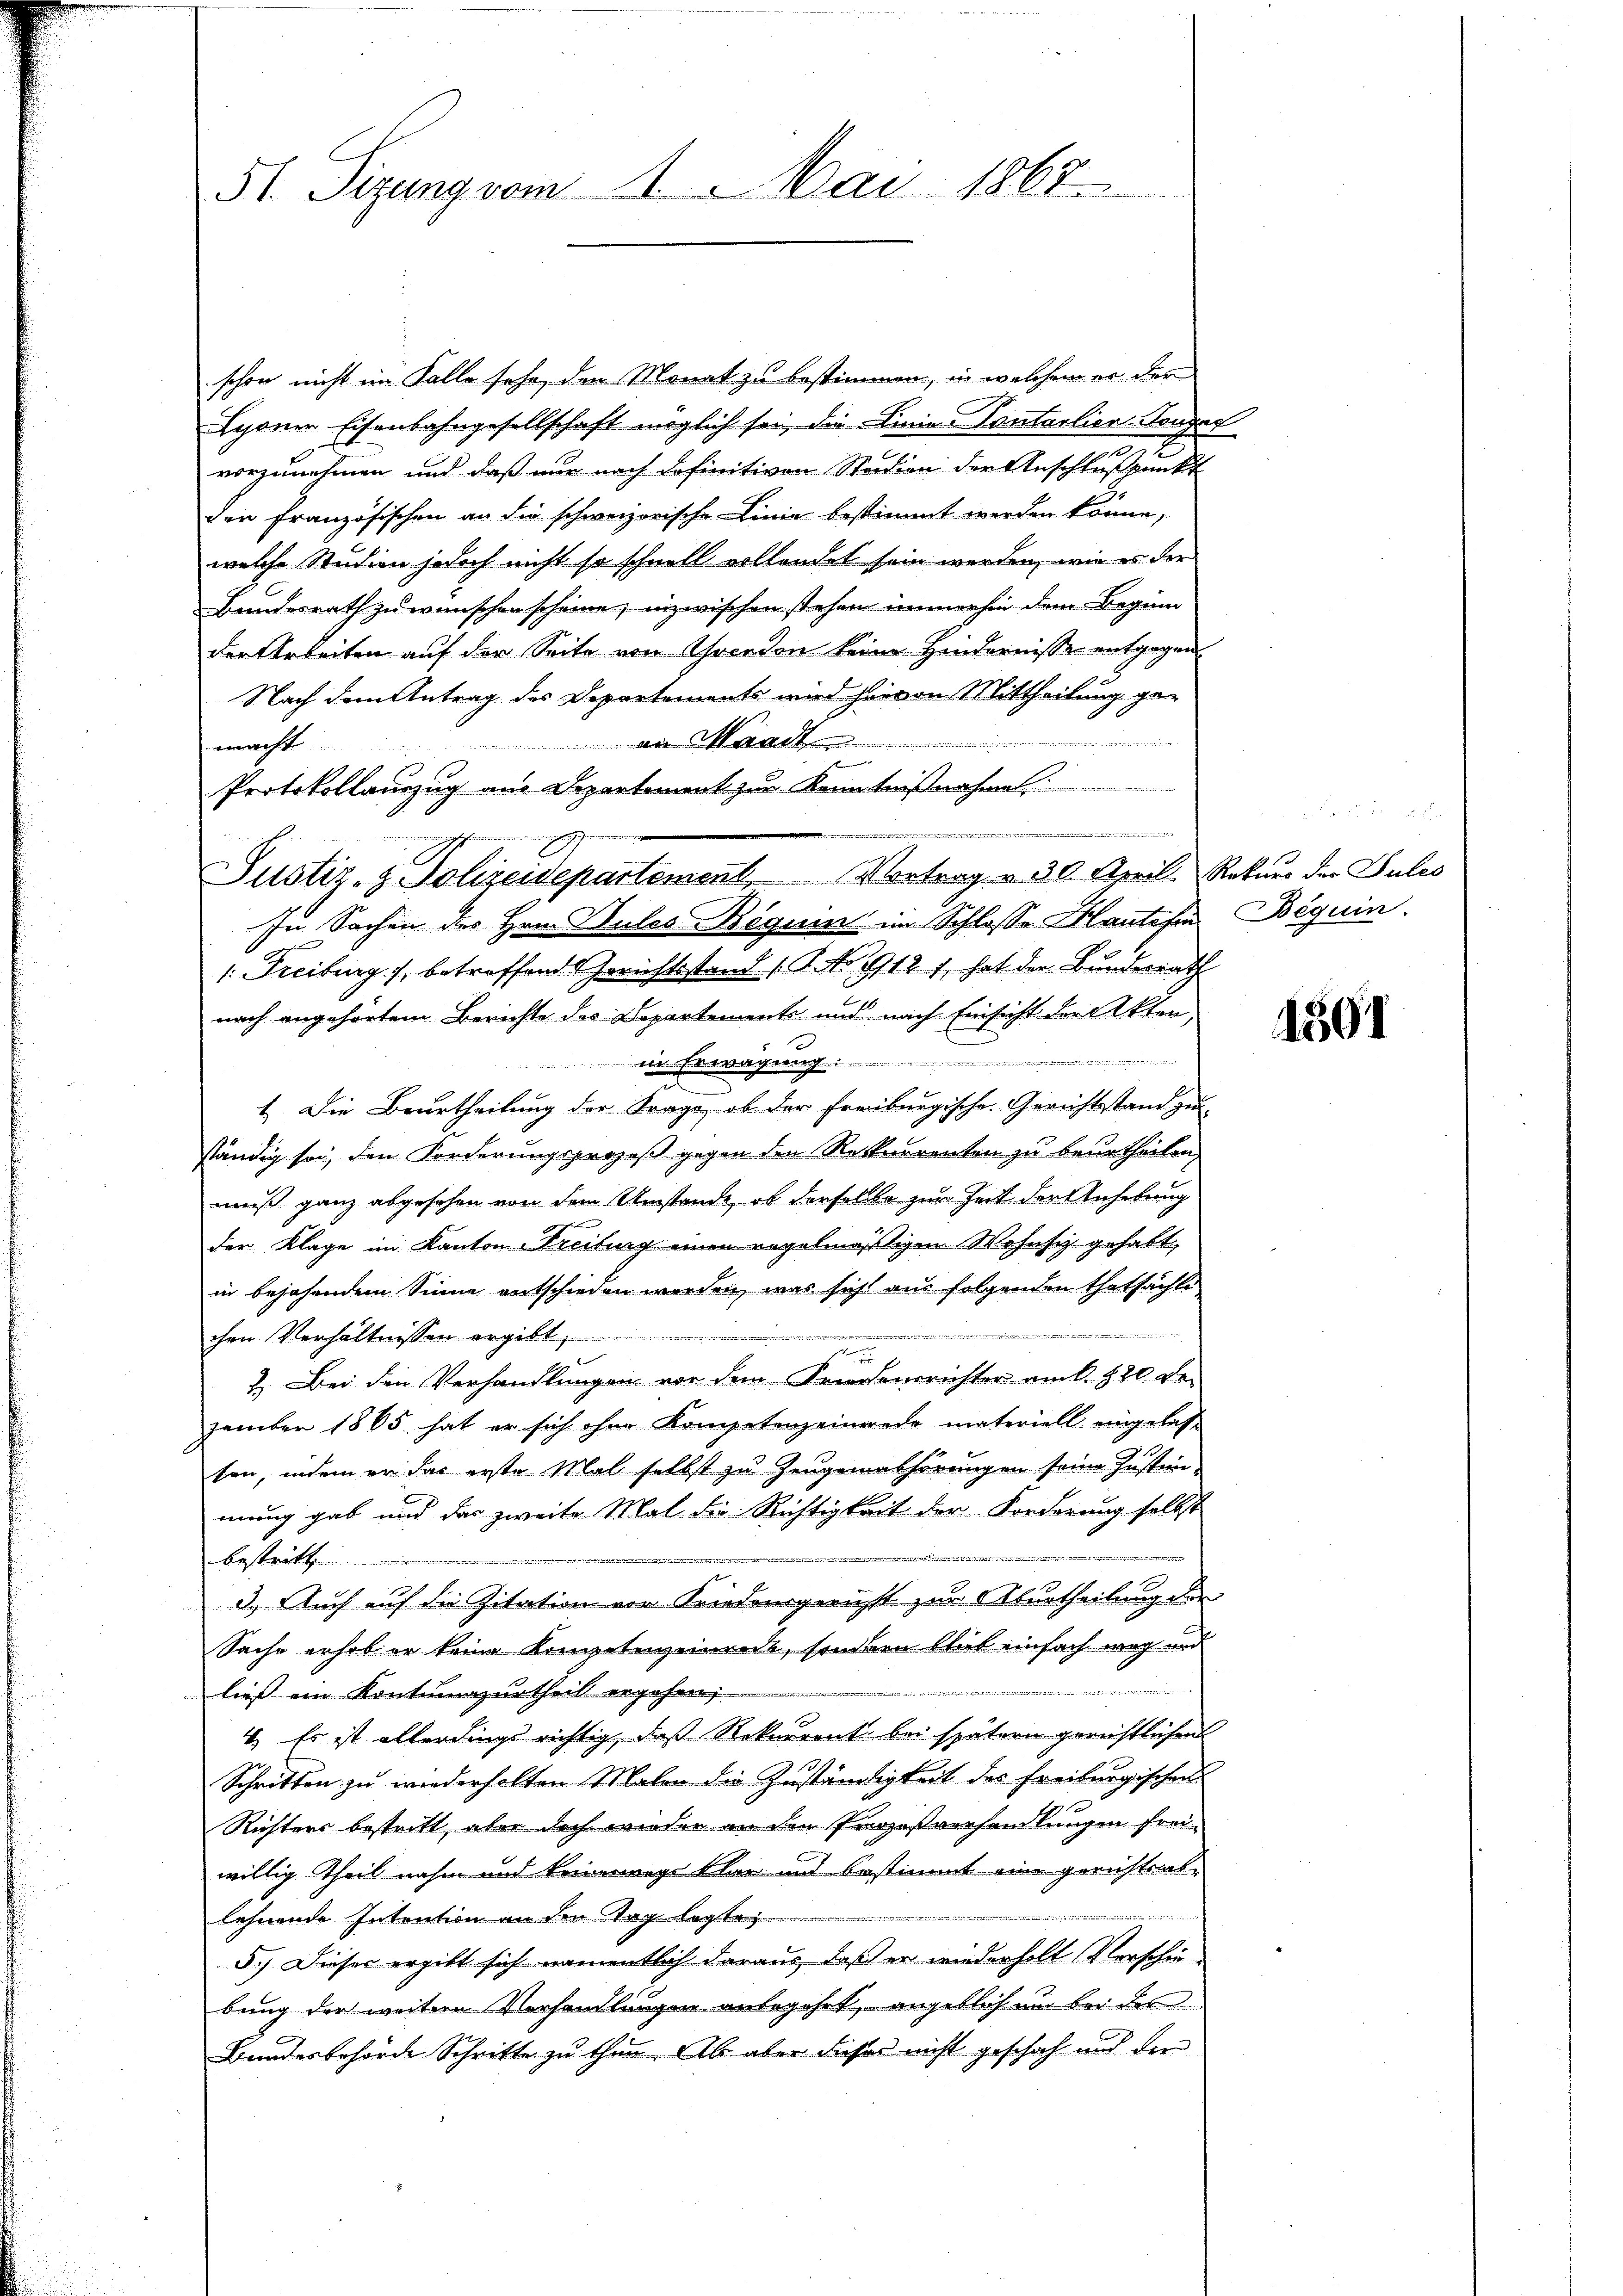
51. Sizung vom 1. Mai 1867

schon nicht im Falle sehr den Monat zu bestimmen, in welchem er der
Schöner Eisenbahngesellschaft möglich sei, die Linie Pontalien-Tonger
vorzunehmen und daß nur nach definitiven Stadion der Anschlußpunkt
der Französischen an die schweizerische Linie bestimmt werden könne,
welche Studien jedoch nicht so schnell vollendet sein werden, wie es der
Bundesrath zu wünschen scheine; inzwischen stehen immerhin dem Beginn
der Arbeiten auf der Seite von Goerden keine Hindernisse entgegen
Nach dem Antrag des Departements wird hievon Mittheilung ge-
n
an Waadt
macht
Protokollauszug aus Departement zur Kenntnißnahme

 Freiburg), betreffend Gerichtsstand (T. No. 1912 f. hat der Bundesrath
nach angehörtem Berichte des Departemente und nach Einsicht der Akten
in Erwägung:
1. Die Beurtheilung der Frage, ob der Freiburgische Gerichtstand zu
ständig sei, den Forderungsprozeß gegen den Rekurrenten zu beurtheilen,
muß ganz abgesehen von dem Umstände, ob derselbe zur Zeit der Anhebung
der Klage im Kanton Freitung einen regelmäßigen Wohnsiz gehabt,
in bejahendem Sinne entschieden werden, was sicht aus folgenden thatsachte
 inter
chen Verhältnissen ergibt,
u
2. Bei den Verhandlungen vor dem Friedensrichter am 1. 820. Dezember 1865 hat er sich ohne Kompetenz einerede materiell eingelasse
sen, indem er das erste Mal selbst zu Zeugemathörungen seine Justimm-
mung gab und das zweite Mal die Richtigkeit der Forderung selbst
4
bestritt
3.) Auch auf die Zitation von Friedensgericht zur Aburtheilung der
Sache erhob er keine Kompetenzeinreit, sondern blieb einfach weg und
ließ ein Kontumazurtheil ergehen,
4. Es ist allerdings richtig, daß Rekurrent bei spätern gerichtlichen
Schritten zu wiederholten Malen die Zuständigkeit des Freiburgischen
Richtens bestritt aber doch wieder an den Prozeßverhandlungen freiwillig theil nahm und keinewege Plan und bestimmt eine gerichtens-
lehnende Intention an den Tag legte
5.) Dieser ergibt sich namentlich daraus, daß er wiederholt Vorschie-
bung der weitere Verhandlungen anbegehet, angeblich und bei der
Bundesbehörde Schritte zu thun. Ab aber dieses nicht geschah und der

n
une durch Gesinnung
Justiz- & Polizeidepartement. Vortrag v. 30. April. Rekurs der Sules
In Sachen des Hrn. Sules Begum im Schlosse Hautchen Beguin

1501